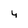
Character: 4